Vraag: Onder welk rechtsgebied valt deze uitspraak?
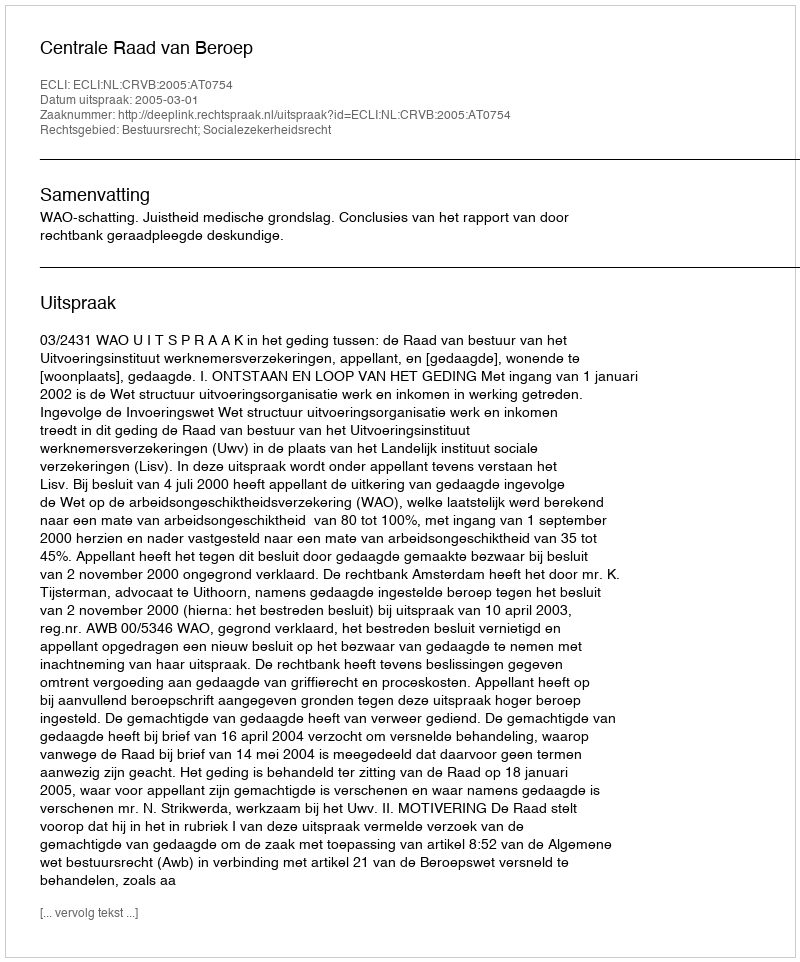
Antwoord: Bestuursrecht; Socialezekerheidsrecht